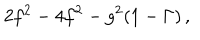
2 f ^ { 2 } - 4 f ^ { 2 } - g ^ { 2 } ( 1 - \Gamma ) \, ,